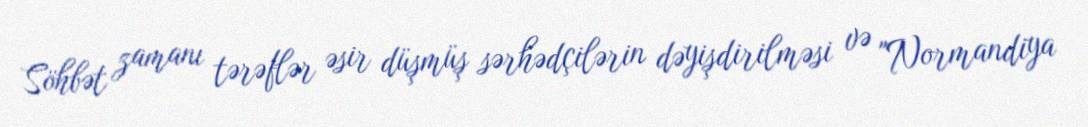
Söhbət zamanı tərəflər əsir düşmüş sərhədçilərin dəyişdirilməsi və "Normandiya